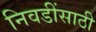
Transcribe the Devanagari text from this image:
निवडींसाठी